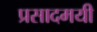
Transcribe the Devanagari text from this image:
प्रसादमयी